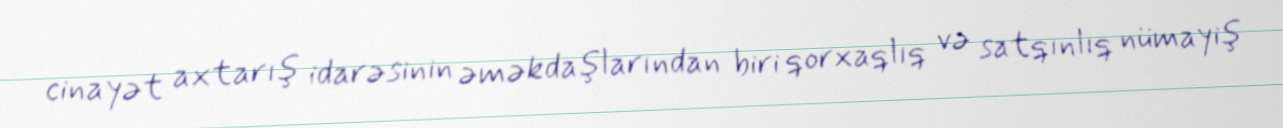
cinayət axtarış idarəsinin əməkdaşlarından biri qorxaqlıq və satqınlıq nümayiş